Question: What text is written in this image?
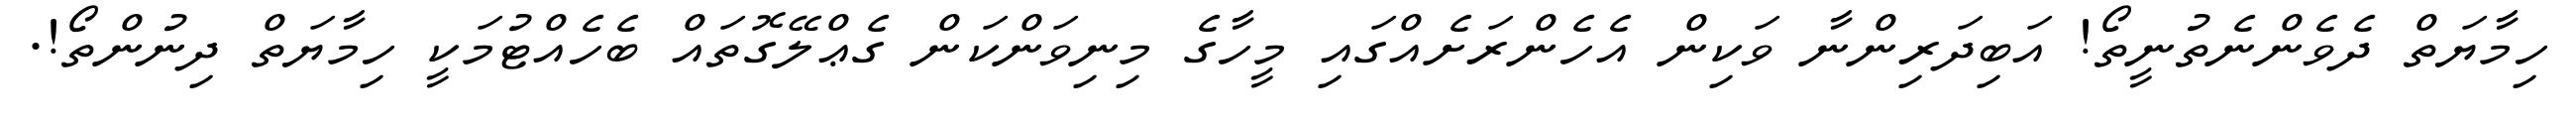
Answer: ހިމާޔަތް ދެވެންނެތުނީތޯ! އަބިދަރިންނާ ވަކިން އެހެންރަށެއްގައި މީހާގެ މިނިވަންކަން ގެޢްލޭގޮތައް ބެހެއްޓުމަކީ ހިމާޔަތް ދިނުންތޯ!.